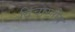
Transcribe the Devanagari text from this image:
विचारनीय